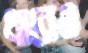
ধারেও